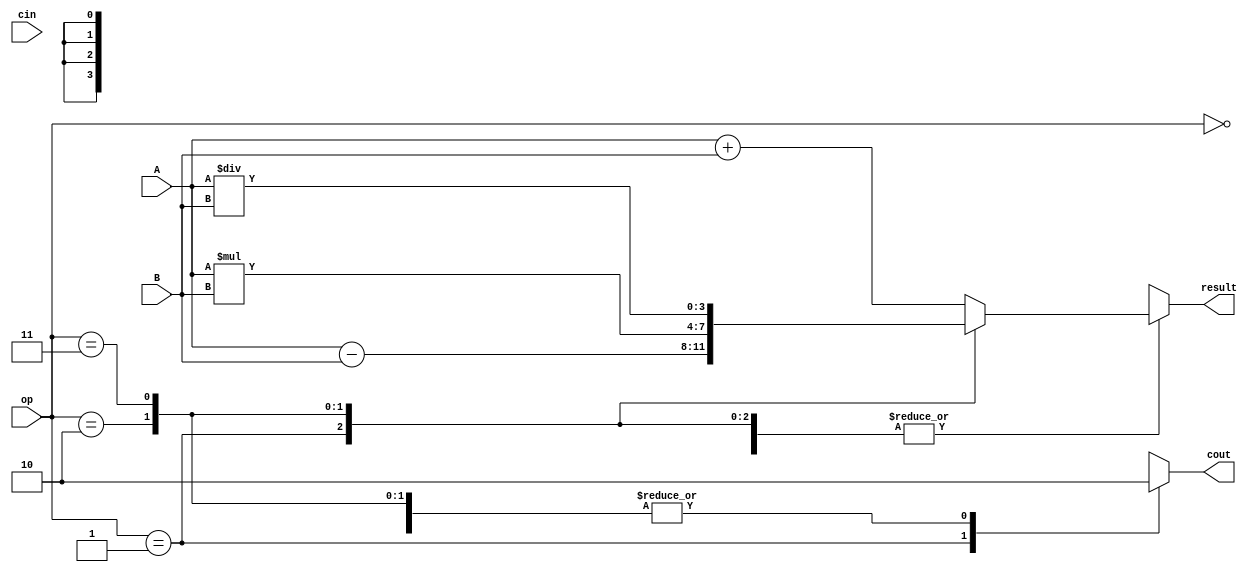
module ALU(
    input [3:0] A,
    input [3:0] B,
    input [1:0] op, // 00: Addition, 01: Subtraction, 10: Multiplication, 11: Division
    input cin, // Carry-in signal
    output reg [3:0] result,
    output reg cout // Carry-out signal
);

reg [3:0] temp_result;

always @(*)
begin
    case(op)
        2'b00: temp_result = A + B; // Addition
        2'b01: temp_result = A - B; // Subtraction
        2'b10: temp_result = A * B; // Multiplication
        2'b11: temp_result = A / B; // Division
    endcase
end

always @(*)
begin
    case(op)
        2'b00: begin // Addition
            result = temp_result;
            cout = (temp_result[4]) ? 1 : 0;
        end
        2'b01: begin // Subtraction
            result = temp_result;
            cout = (temp_result[4]) ? 0 : 1;
        end
        2'b10: begin // Multiplication
            result = temp_result;
            cout = (temp_result[4]) ? 1 : 0;
        end
        2'b11: begin // Division
            result = temp_result;
            cout = (temp_result[4]) ? 1 : 0;
        end
    endcase
end

endmodule